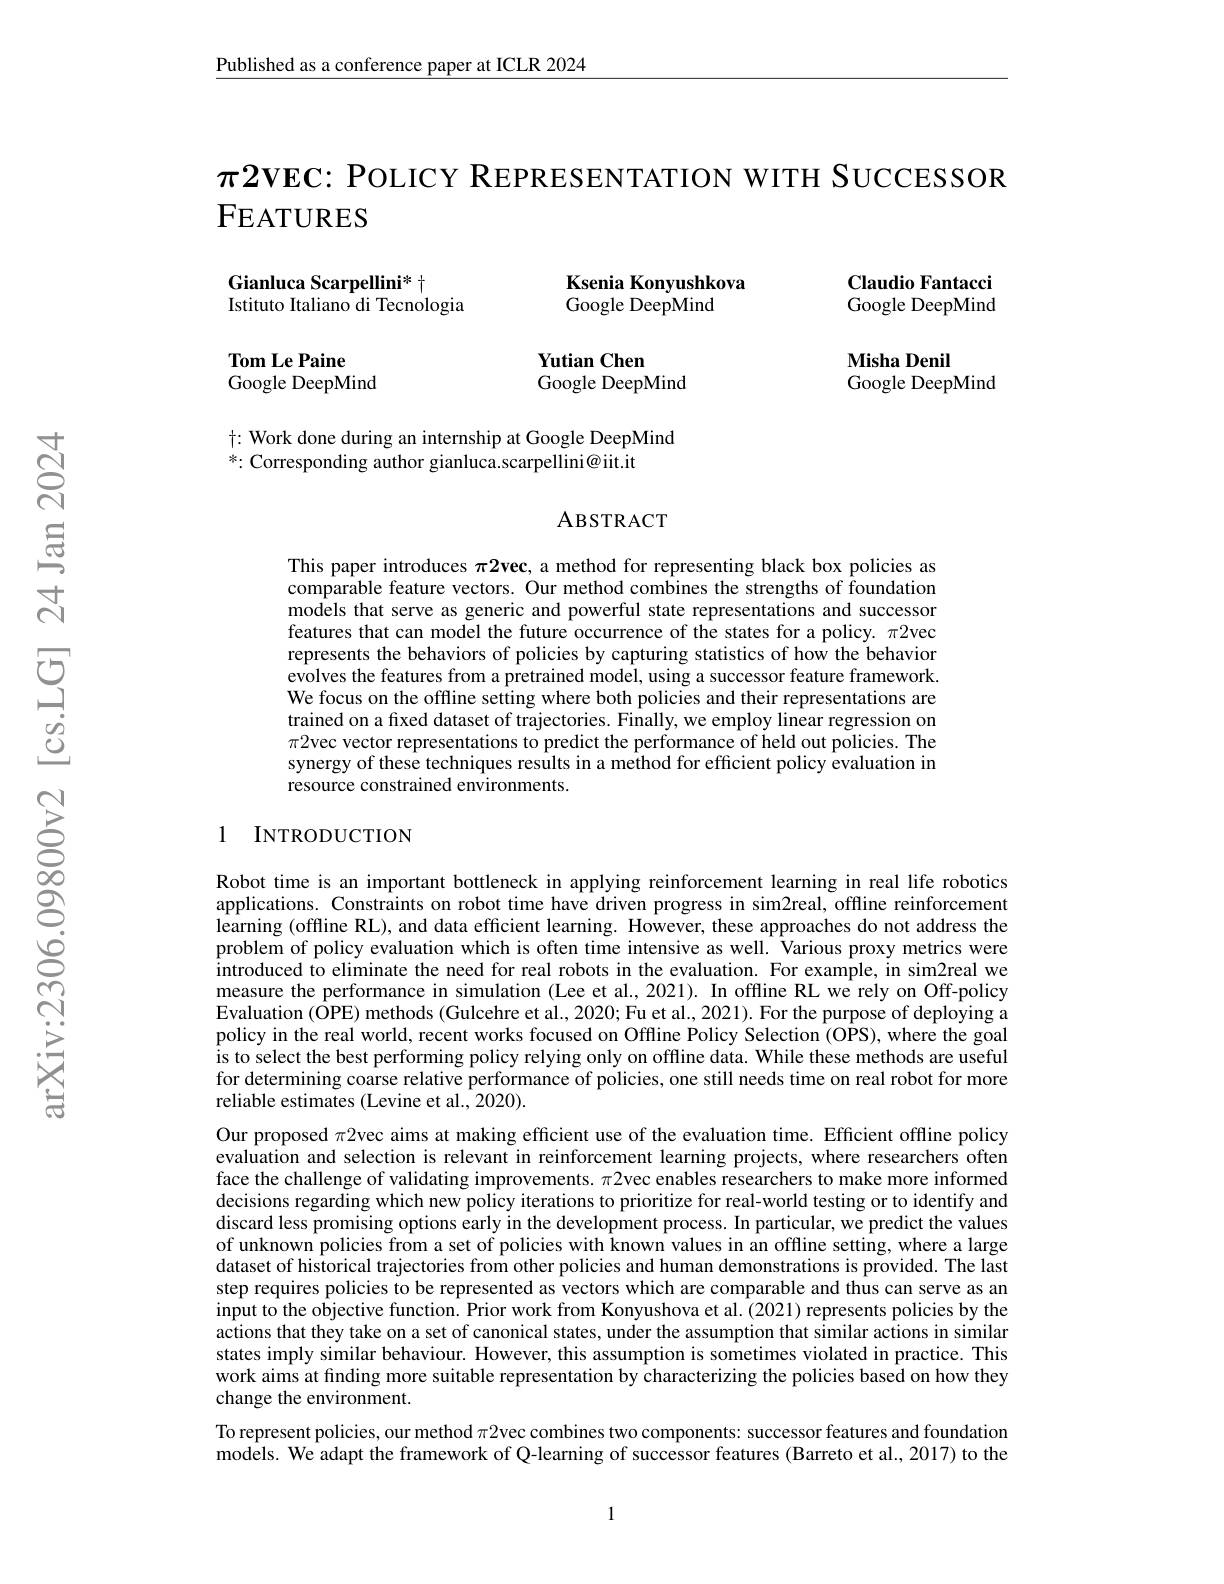
Published as a conference paper at ICLR 2024

$\pi2$VEC: POLICY REPRESENTATION WITH SUCCESSOR
FEATURES

Ksenia Konyushkova

Gianluca Scarpellini* t
Istituto Italiano di Tecnologia

Claudio Fantacci Google DeepMind

Google DeepMind

Tom Le Paine
Google DeepMind

Yutian Chen
Google DeepMind

Misha Denil
Google DeepMind

$\dagger:$ Work done during an internship at Google DeepMind
*: Corresponding author gianluca.scarpellini@ iit.it

ABSTRACT

This paper introduces $\pi 2\textbf{vec, a method for representing black box policies as}$ comparable feature vectors. Our method combines the strengths of foundation models that serve as generic and powerful state representations and successor features that can model the future occurrence of the states for a policy. $\pi2$vec represents the behaviors of policies by capturing statistics of how the behavior evolves the features from a pretrained model, using a successor feature framework. We focus on the offline setting where both policies and their representations are trained on a fıxed dataset of trajectories. Finally, we employ linear regression on $\pi2$vec vector representations to predict the performance of held out policies. The synergy of these techniques results in a method for efficient policy evaluation in resource constrained environments.

## 1 INTRODUCTION

Robot time is an important bottleneck in applying reinforcement learning in real life robotics applications. Constraints on robot time have driven progress in sim2real, offline reinforcement learning (offline RL), and data efficient learning. However, these approaches do not address the problem of policy evaluation which is often time intensive as well. Various proxy metrics were introduced to eliminate the need for real robots in the evaluation. For example, in sim2real we measure the performance in simulation (Lee et al., 2021). In offline RL we rely on Off-policy Evaluation (ÔPE) methods (Gulcehre et al., 2020; Fu et al., 2021). For the purpose of deploying a policy in the real world, recent works focused on Offline Policy Selection (OPS), where the goal is to select the best performing policy relying only on offline data. While these methods are useful for determining coarse relative performance of policies, one still needs time on real robot for more reliable estimates (Levine et al., 2020).

Our proposed $\pi2$vec aims at making efficient use of the evaluation time. Efficient offline policy evaluation and selection is relevant in reinforcement learning projects, where researchers often face the challenge of validating improvements. $\pi2$vec enables researchers to make more informed decisions regarding which new policy iterations to prioritize for real-world testing or to identify and discard less promising options early in the development process. In particular, we predict the values of unknown policies from a set of policies with known values in an offline setting, where a large dataset of historical trajectories from other policies and human demonstrations is provided. The last step requires policies to be represented as vectors which are comparable and thus can serve as an input to the objective function. Prior work from Konyushova et al. (2021) represents policies by the actions that they take on a set of canonical states, under the assumption that similar actions in similar states imply similar behaviour. However, this assumption is sometimes violated in practice. This work aims at finding more suitable representation by characterizing the policies based on how they change the environment.
To represent policies, our method $\pi2$vec combines two components: successor features and foundation

models. We adapt the framework of Q-learning of successor features (Barreto et al., 2017) to the

1